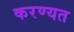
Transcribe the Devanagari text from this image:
करण्यत